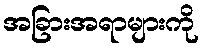
အခြားအရာများကို